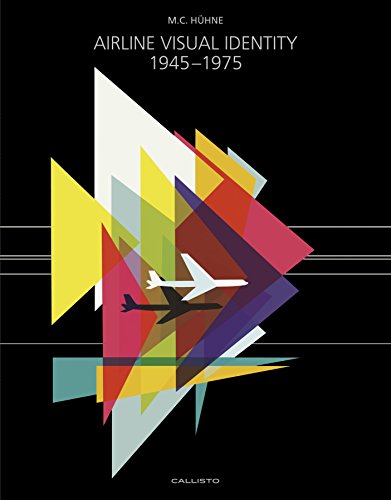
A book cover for Airline Visual Identity  1945-1975; M. C. Huhne; Engineering & Transportation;